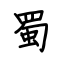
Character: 蜀